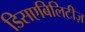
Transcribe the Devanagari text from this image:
डिसएबिलिटीज़